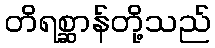
တိရစ္ဆာန်တို့သည်